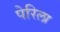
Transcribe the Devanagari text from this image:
पेरिला